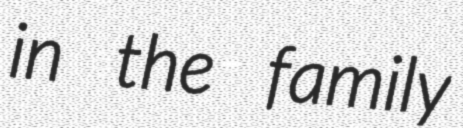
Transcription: in the family